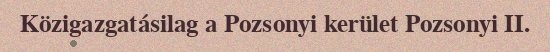
Közigazgatásilag a Pozsonyi kerület Pozsonyi II.